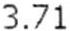
3.71